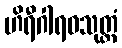
ဟိရီဂါရဝသုတ္တံ